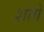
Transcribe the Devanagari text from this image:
शतो